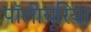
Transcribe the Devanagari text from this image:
पॉलीयूरिया